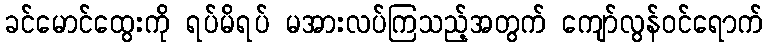
ခင်မောင်ထွေးကို ရပ်မိရပ် မအားလပ်ကြသည့်အတွက် ကျော်လွန်ဝင်ရောက်